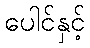
ပေါင်နှင့်